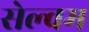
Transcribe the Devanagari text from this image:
सेल्वम